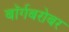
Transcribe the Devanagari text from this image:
बॉर्गबरोबर